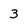
Character: 3